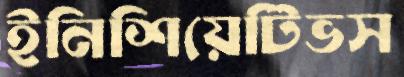
ইনিশিয়েটিভস